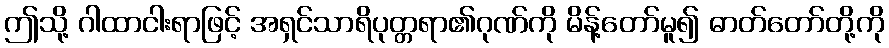
ဤသို့ ဂါထာငါးရာဖြင့် အရှင်သာရိပုတ္တရာ၏ဂုဏ်ကို မိန့်တော်မူ၍ ဓာတ်တော်တို့ကို